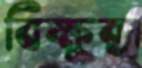
বিক্ষুব্ধ